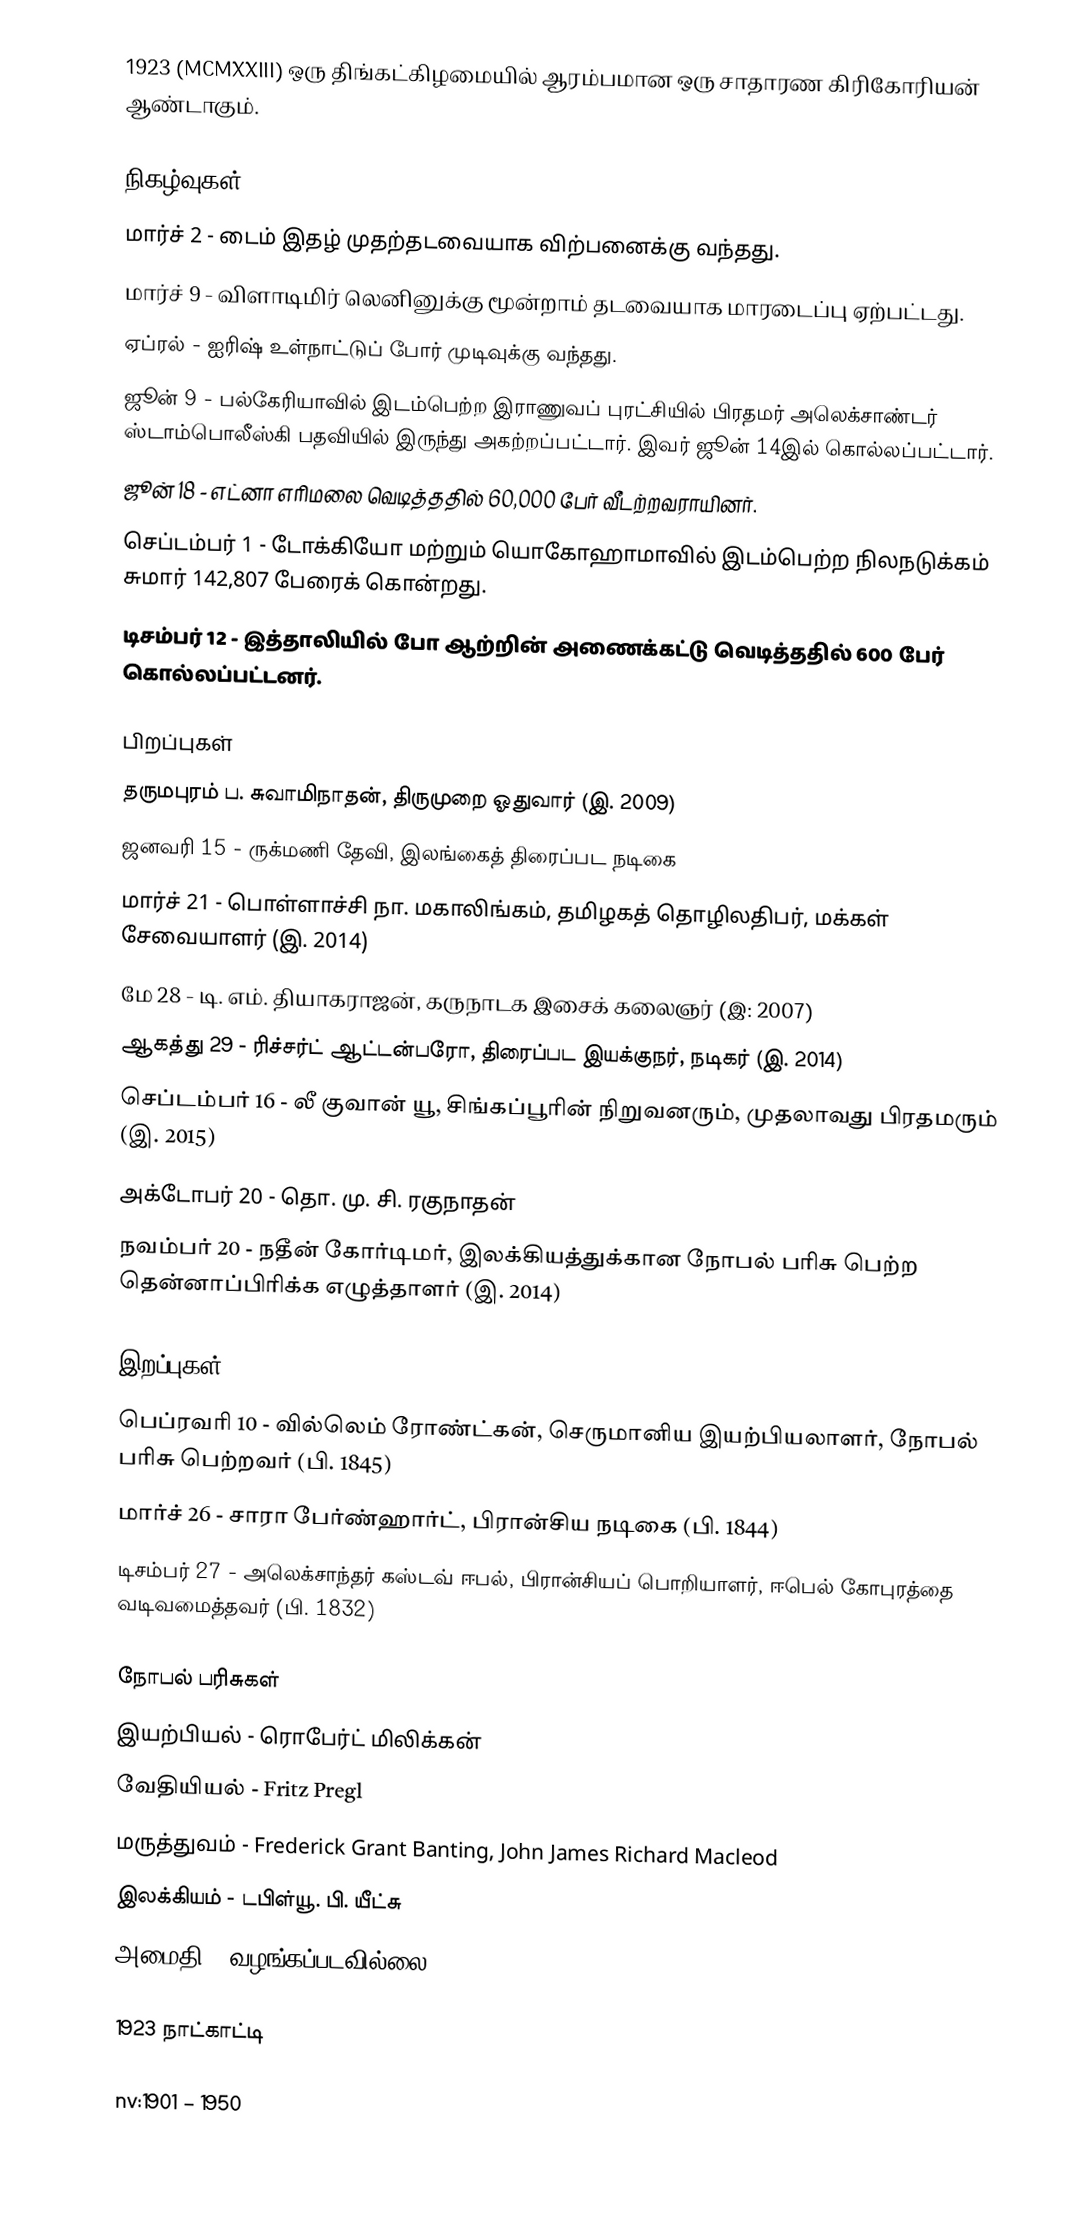
1923  (MCMXXIII) ஒரு திங்கட்கிழமையில் ஆரம்பமான ஒரு சாதாரண கிரிகோரியன் ஆண்டாகும்.

நிகழ்வுகள்
 மார்ச் 2 - டைம் இதழ் முதற்தடவையாக விற்பனைக்கு வந்தது.
 மார்ச் 9 - விளாடிமிர் லெனினுக்கு மூன்றாம் தடவையாக மாரடைப்பு ஏற்பட்டது.
 ஏப்ரல் - ஐரிஷ் உள்நாட்டுப் போர் முடிவுக்கு வந்தது.
 ஜூன் 9 - பல்கேரியாவில் இடம்பெற்ற இராணுவப் புரட்சியில் பிரதமர் அலெக்சாண்டர் ஸ்டாம்பொலீஸ்கி பதவியில் இருந்து அகற்றப்பட்டார். இவர் ஜூன் 14இல் கொல்லப்பட்டார்.
 ஜூன் 18 - எட்னா எரிமலை வெடித்ததில் 60,000 பேர் வீடற்றவராயினர்.
 செப்டம்பர் 1 - டோக்கியோ மற்றும் யொகோஹாமாவில் இடம்பெற்ற நிலநடுக்கம் சுமார் 142,807 பேரைக் கொன்றது.
 டிசம்பர் 12 - இத்தாலியில் போ ஆற்றின் அணைக்கட்டு வெடித்ததில் 600 பேர் கொல்லப்பட்டனர்.

பிறப்புகள்
 தருமபுரம் ப. சுவாமிநாதன், திருமுறை ஓதுவார் (இ. 2009)
 ஜனவரி 15 - ருக்மணி தேவி, இலங்கைத் திரைப்பட நடிகை
 மார்ச் 21 - பொள்ளாச்சி நா. மகாலிங்கம், தமிழகத் தொழிலதிபர், மக்கள் சேவையாளர் (இ. 2014)
 மே 28 - டி. எம். தியாகராஜன், கருநாடக இசைக் கலைஞர் (இ: 2007)
 ஆகத்து 29 - ரிச்சர்ட் ஆட்டன்பரோ, திரைப்பட இயக்குநர், நடிகர் (இ. 2014)
 செப்டம்பர் 16 - லீ குவான் யூ, சிங்கப்பூரின் நிறுவனரும், முதலாவது பிரதமரும் (இ. 2015)
 அக்டோபர் 20 - தொ. மு. சி. ரகுநாதன்
 நவம்பர் 20 - நதீன் கோர்டிமர், இலக்கியத்துக்கான நோபல் பரிசு பெற்ற தென்னாப்பிரிக்க எழுத்தாளர் (இ. 2014)

இறப்புகள்
 பெப்ரவரி 10 - வில்லெம் ரோண்ட்கன், செருமானிய இயற்பியலாளர், நோபல் பரிசு பெற்றவர் (பி. 1845)
 மார்ச் 26 - சாரா பேர்ண்ஹார்ட், பிரான்சிய நடிகை (பி. 1844)
 டிசம்பர் 27 - அலெக்சாந்தர் கஸ்டவ் ஈபல், பிரான்சியப் பொறியாளர், ஈபெல் கோபுரத்தை வடிவமைத்தவர் (பி. 1832)

நோபல் பரிசுகள்
 இயற்பியல் - ரொபேர்ட் மிலிக்கன்
 வேதியியல் - Fritz Pregl
 மருத்துவம் - Frederick Grant Banting, John James Richard Macleod
 இலக்கியம் - டபிள்யூ. பி. யீட்சு
 அமைதி - வழங்கப்படவில்லை

1923 நாட்காட்டி

nv:1901 – 1950